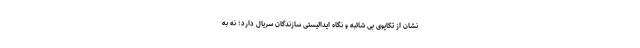
نشان از تکاپوی بی شائبه و نگاه ایدالیستی سازندگان سریال دارد؛ نه به